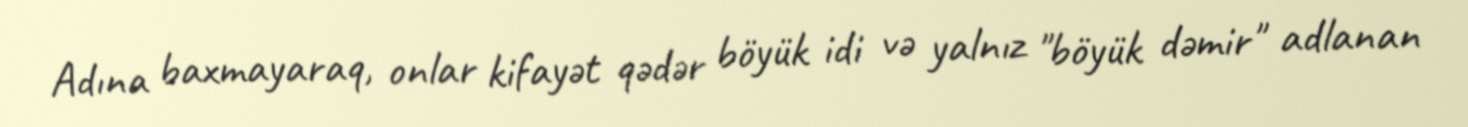
Adına baxmayaraq, onlar kifayət qədər böyük idi və yalnız "böyük dəmir" adlanan